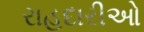
રાહદારીઓ